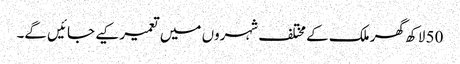
50 لاکھ گھر ملک کے مختلف شہروں میں تعمیر کیے جائیں گے۔